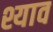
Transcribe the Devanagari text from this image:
श्याव